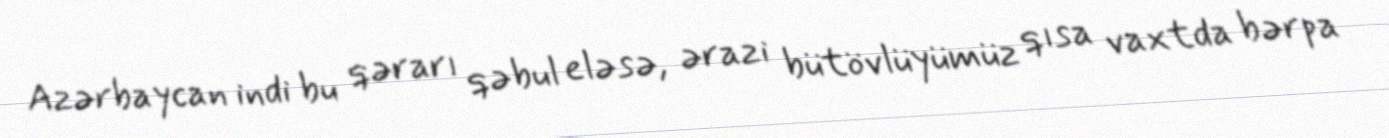
Azərbaycan indi bu qərarı qəbul eləsə, ərazi bütövlüyümüz qısa vaxtda bərpa